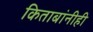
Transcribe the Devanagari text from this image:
किताबांनीही